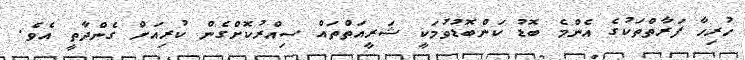
ހުރިހާ ފަރާތްތަކުގެ އެންމެ ބޮޑު ކަންބޮޑުވުމަކީ ޝަރީއަތްތައް ސިއްރުކޮށްގެން ކުރިއަށް ގެންދާތީ އެވެ.